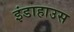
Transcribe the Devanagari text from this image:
इंडाहाउस